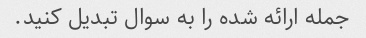
جمله ارائه شده را به سوال تبدیل کنید.